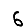
Digit: 6